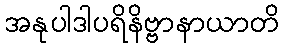
အနုပါဒါပရိနိဗ္ဗာနာယာတိ